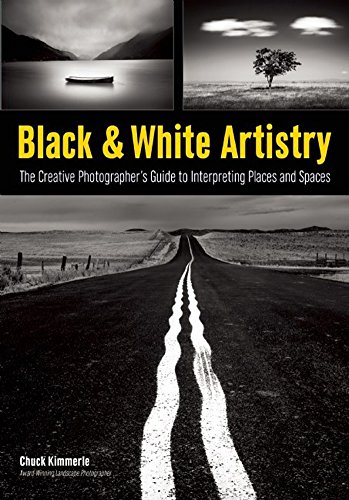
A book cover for Black & White Artistry: The Creative Photographer's Guide to Interpreting Places and Spaces; Arts & Photography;